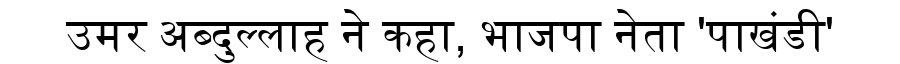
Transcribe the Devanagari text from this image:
उमर अब्दुल्लाह ने कहा, भाजपा नेता 'पाखंडी'